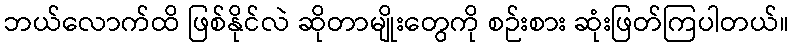
ဘယ်လောက်ထိ ဖြစ်နိုင်လဲ ဆိုတာမျိုးတွေကို စဉ်းစား ဆုံးဖြတ်ကြပါတယ်။